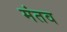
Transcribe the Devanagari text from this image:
मंतव